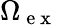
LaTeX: \Omega_{\mathrm{~e~x~}}